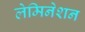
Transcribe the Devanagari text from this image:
लेमिनेशन